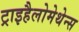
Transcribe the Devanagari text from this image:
ट्राइहैलोमेथेन्स